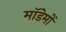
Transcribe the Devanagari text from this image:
मॉडेमों